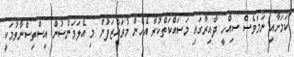
ކަމަށާއި ނަމަވެސް ސިއްހީ ދާއިރާގައި މަސައްކަތްކުރާ އެހެން މުވައްޒަފުން މި އެލަވަންސުން އިސްތިސްނާވުމަކީ